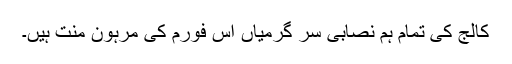
کالج کی تمام ہم نصابی سر گرمیاں اس فورم کی مرہون منت ہیں۔